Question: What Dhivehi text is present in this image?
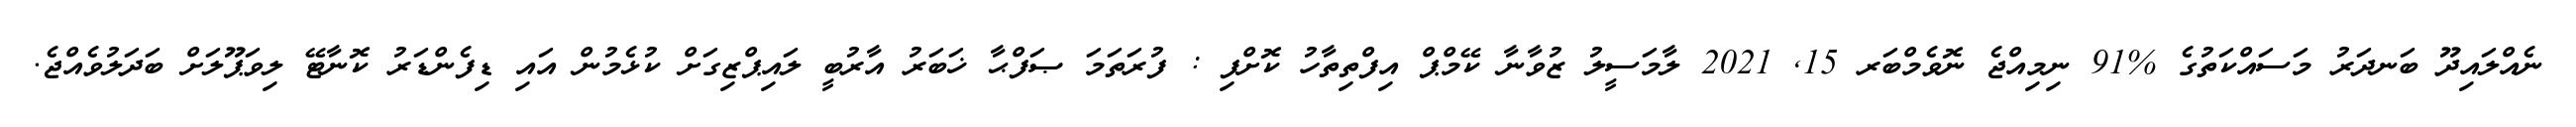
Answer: ނެއްލައިދޫ ބަނދަރު މަސައްކަތުގެ %91 ނިމިއްޖެ ނޮވެމްބަރ 15, 2021 ލާމަސީލު ޒުވާނާ ކޭމްޕް އިފްތިތާހު ކޮށްފި : ފުރަތަމަ ޞަފްޙާ ޚަބަރު އާރުބީ ލައިޕްޒިގަށް ކުޅެމުން އައި ޑިފެންޑަރު ކޮނާޓޭ ލިވަޕޫލަށް ބަދަލުވެއްޖެ.